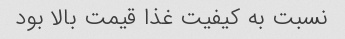
نسبت به کیفیت غذا قیمت بالا بود